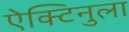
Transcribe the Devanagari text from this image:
ऐक्टिनुला